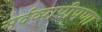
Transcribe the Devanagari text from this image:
सर्वव्यापीपणा